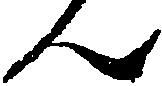
ん